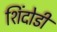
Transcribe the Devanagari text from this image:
शिंदोडी